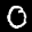
Label: 0